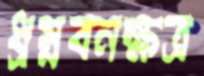
ধ্রম্নবনক্ষত্র